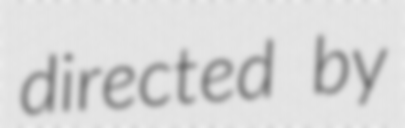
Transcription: directed by